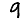
Digit: 9